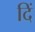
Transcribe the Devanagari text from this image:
दिं